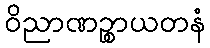
ဝိညာဏဉ္စာယတနံ